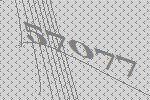
57077